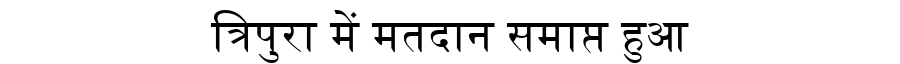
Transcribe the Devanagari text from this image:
त्रिपुरा में मतदान समाप्त हुआ